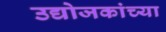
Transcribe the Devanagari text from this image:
उद्योजकांच्या